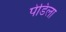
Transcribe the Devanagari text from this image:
पेडिला